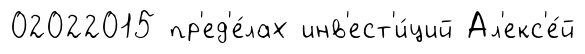
02022015 пр'ед'е́лах инв'ест'и́ций Ал'екс'е́й